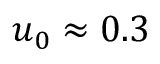
u _ { 0 } \approx 0 . 3